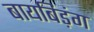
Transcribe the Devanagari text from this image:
बायबिड़ंग